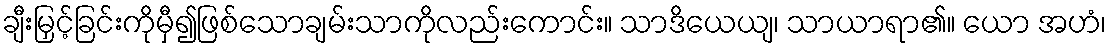
ချီးမြှင့်ခြင်းကိုမှီ၍ဖြစ်သောချမ်းသာကိုလည်းကောင်း။ သာဒိယေယျ၊ သာယာရာ၏။ ယော အဟံ၊